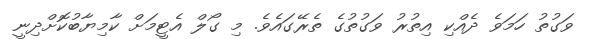
ވަގުތު ހަމަވެ ދެއްކި އިތުރު ވަގުތުގެ ތެރޭގައެވެ. މި ގޯލް އެޓީމަށް ކާމިޔާބުކޮށްދިނީ